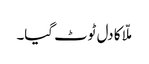
ملّا کا دل ٹوٹ گیا۔